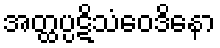
အတ္ထပ္ပဋိသံဝေဒိနော